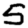
Digit: 5